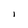
Character: I